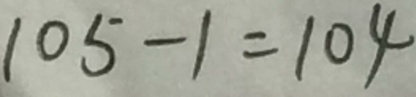
1 0 5 - 1 = 1 0 4